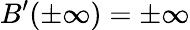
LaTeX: B^{\prime}(\pm\infty)=\pm\infty